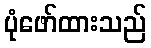
ပုံဖော်ထားသည်